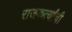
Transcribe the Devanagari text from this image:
राजकर्त्यांची